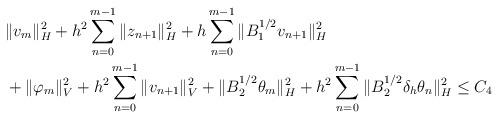
LaTeX: \begin{align*}&\|v_{m}\|_{H}^2 + h^2\sum_{n=0}^{m-1}\|z_{n+1}\|_{H}^2 + h\sum_{n=0}^{m-1}\|B_{1}^{1/2}v_{n+1}\|_{H}^2 \\ &+ \|\varphi_{m}\|_{V}^2 + h^2\sum_{n=0}^{m-1}\|v_{n+1}\|_{V}^2 + \|B_{2}^{1/2}\theta_{m}\|_{H}^2 + h^2\sum_{n=0}^{m-1}\|B_{2}^{1/2}\delta_{h}\theta_{n}\|_{H}^2 \leq C_{4}\end{align*}